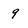
Character: 9